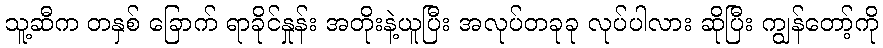
သူ့ဆီက တနှစ် ခြောက် ရာခိုင်နှုန်း အတိုးနဲ့ယူပြီး အလုပ်တခုခု လုပ်ပါလား ဆိုပြီး ကျွန်တော့်ကို